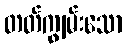
တတ်ကျွမ်းသော